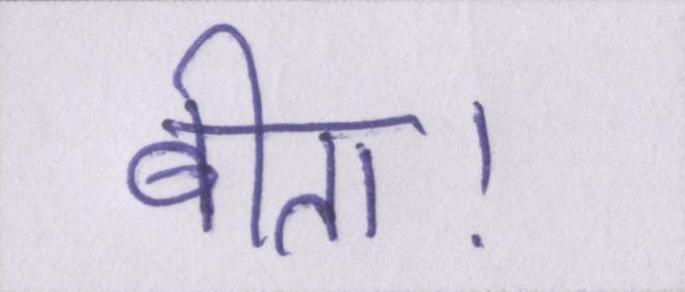
बीता।